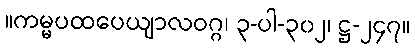
။ကမ္မပထပေယျာလဝဂ္ဂ၊ ၃-ပါ-၃၀၂၊ ဋ္ဌ-၂၄၇။